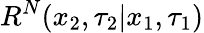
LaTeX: R^{N}(x_{2},\tau_{2}|x_{1},\tau_{1})